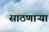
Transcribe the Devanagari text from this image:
साठणाऱ्या